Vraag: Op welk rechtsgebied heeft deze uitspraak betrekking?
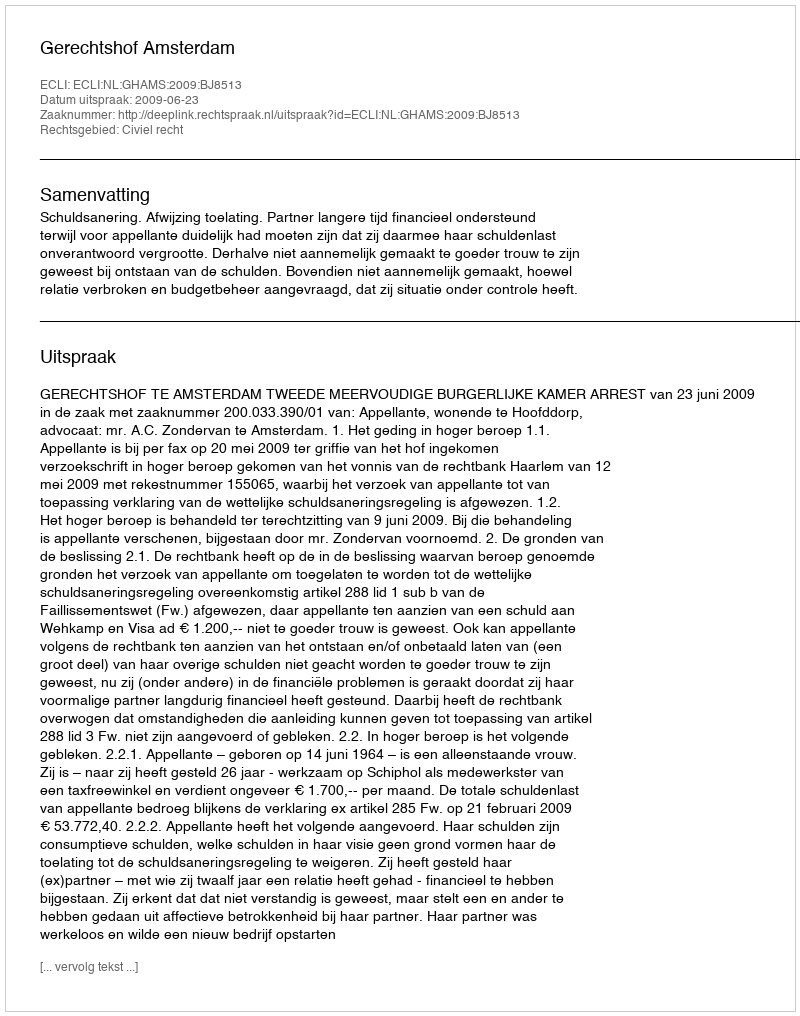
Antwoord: Civiel recht